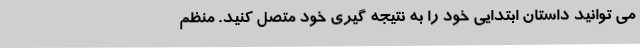
می توانید داستان ابتدایی خود را به نتیجه گیری خود متصل کنید. منظم